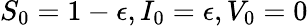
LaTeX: S_{0}=1-\epsilon,I_{0}=\epsilon,V_{0}=0